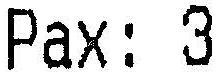
PAX: 3